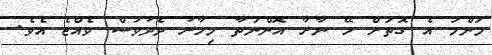
މަންމަ އެ ގޮތަށް ހޭ ނާރާ އޮންނަތާ މިހާރު ދެދުވަސް ވެއްޖެ އެވެ.